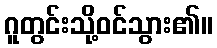
ဂူတွင်းသို့ဝင်သွား၏။